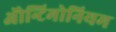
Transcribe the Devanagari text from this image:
ॲोन्टिमोनियम